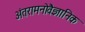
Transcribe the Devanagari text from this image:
अंतरामनोवैज्ञानिक